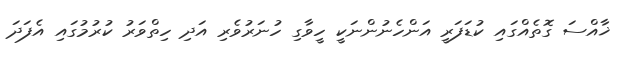
ޚާއްސަ ގޮތެއްގައި ކުޑަފަރީ އަންހެނުންނަކީ ހީވާގި ހުނަރުވެރި އަދި ހިތްވަރު ކުރުމުގައި އެފަދަ